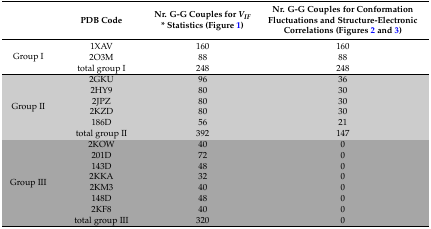
<table><thead><tr><td></td><td><b>PDB Code</b></td><td><b>Nr. G-G Couples for <i>V<sub>IF</sub></i> * Statistics (Figure 1)</b></td><td><b>Nr. G-G Couples for Conformation Fluctuations and Structure-Electronic Correlations (Figure 2 and Figure 3)</b></td></tr></thead><tbody><tr><td rowspan="3">Group I</td><td>1XAV</td><td>160</td><td>160</td></tr><tr><td>2O3M</td><td>88</td><td>88</td></tr><tr><td>total group I</td><td>248</td><td>248</td></tr><tr><td rowspan="6">Group II</td><td>2GKU</td><td>96</td><td>36</td></tr><tr><td>2HY9</td><td>80</td><td>30</td></tr><tr><td>2JPZ</td><td>80</td><td>30</td></tr><tr><td>2KZD</td><td>80</td><td>30</td></tr><tr><td>186D</td><td>56</td><td>21</td></tr><tr><td>total group II</td><td>392</td><td>147</td></tr><tr><td rowspan="8">Group III</td><td>2KOW</td><td>40</td><td>0</td></tr><tr><td>201D</td><td>72</td><td>0</td></tr><tr><td>143D</td><td>48</td><td>0</td></tr><tr><td>2KKA</td><td>32</td><td>0</td></tr><tr><td>2KM3</td><td>40</td><td>0</td></tr><tr><td>148D</td><td>48</td><td>0</td></tr><tr><td>2KF8</td><td>40</td><td>0</td></tr><tr><td>total group III</td><td>320</td><td>0</td></tr></tbody></table>